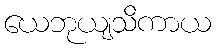
ယေဘုယျသိကာယ